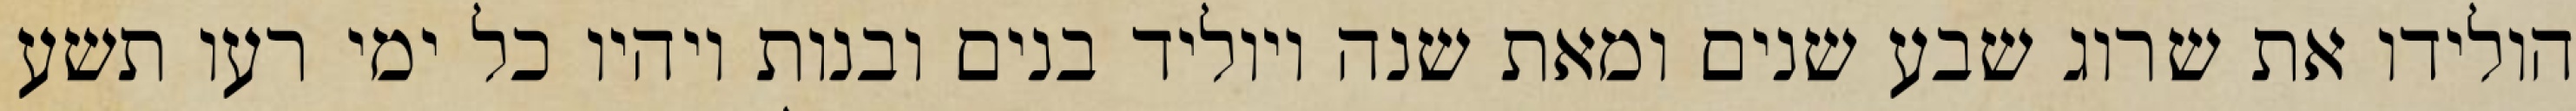
הולידו את שרוג שבע שנים ומאת שנה ויוליד בנים ובנות ויהיו כל ימי רעו תשע